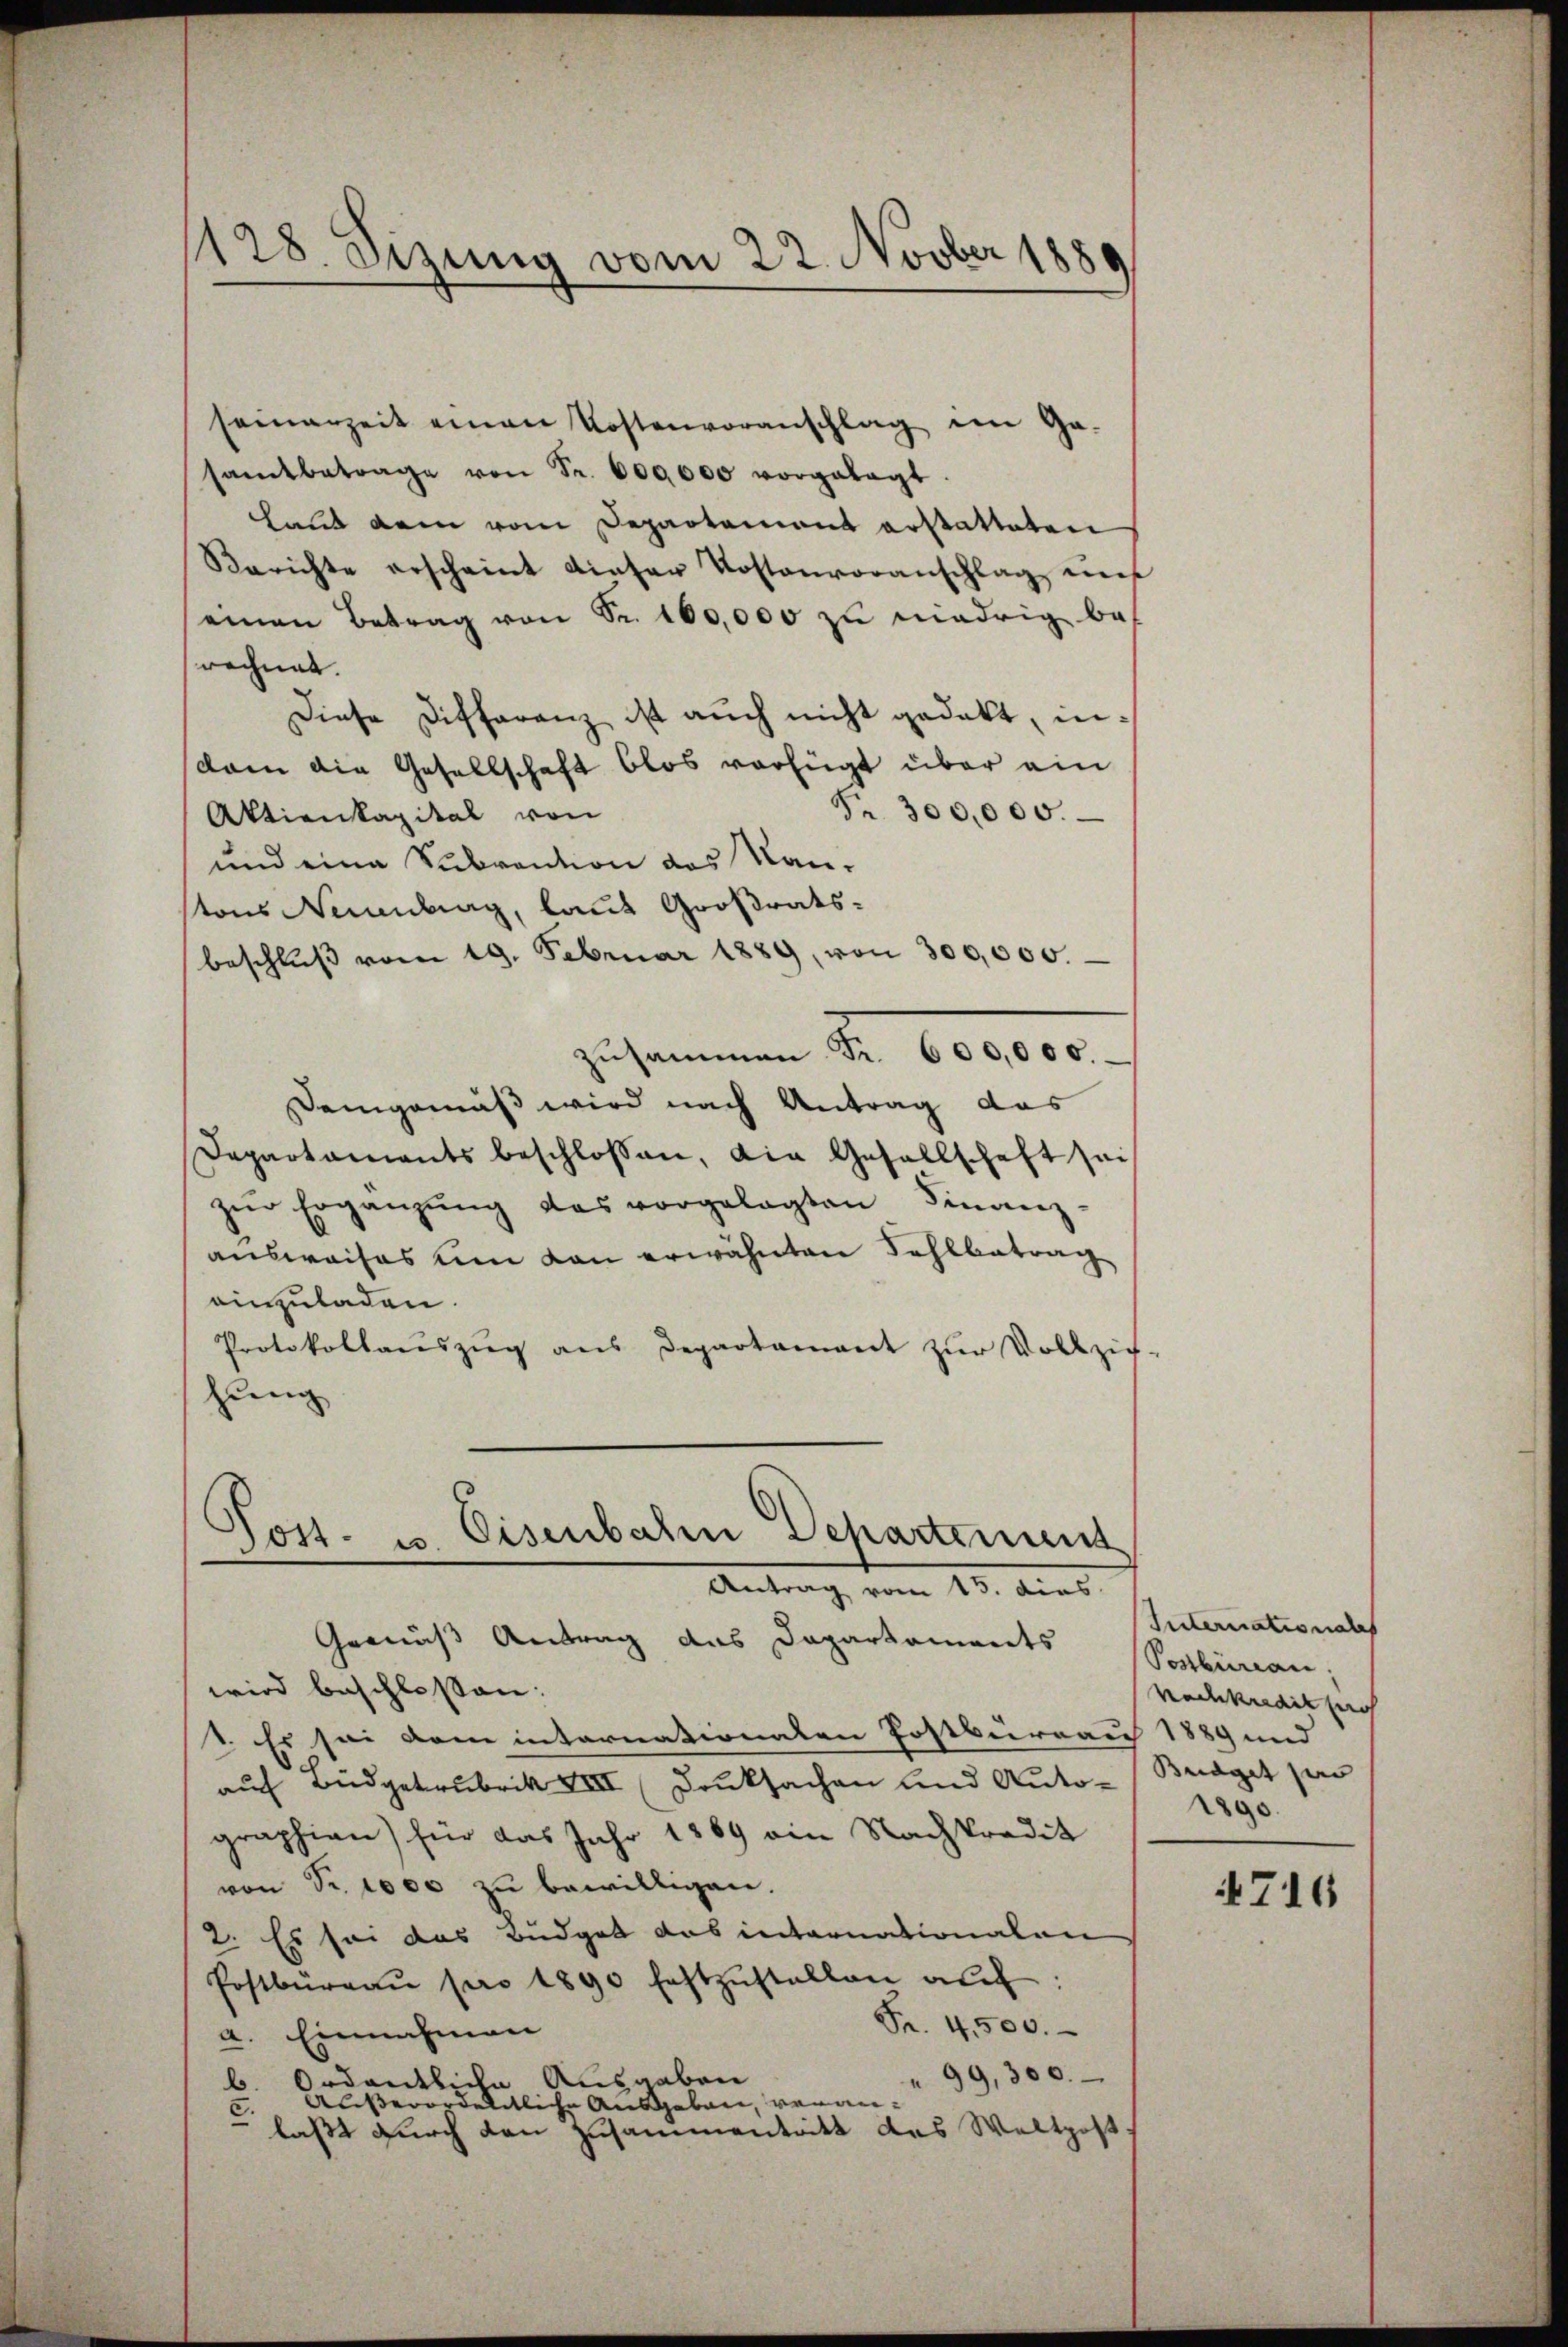
1128. Sizung vom 22. Novber 1889

seinerzeit einen Kostenvoranschlag im Ga-
samtbetrage von Fr. 600000 vorgelegt.
Land ain vom Departament erstatteten
Berichte erscheint dieser Kostenvoranschlag nies
einen Betrag von Sr. 100,000 zu niedrig berechnet.
Diese Differanz ist auch nicht gedekt, indam die Gesellschaft blos verfügt über ein
Nr. 300,000.
Aktienkapital von
und eine Subvention des Nantons Neuenburg, laut Großratsbeschlŭβ vom 19. Februar 1889, von 300,000.
zusammen Fr. 600000.
Demgemäß wird nach Antrag das
Departaments beschlossen, die Gesellschaft sei
zŭr Ergänzŭng das vorgelegten Finanz-
ausweises um von erwähnten Kohlbetrag
ainzuladen.
Protokollaŭszŭg ans Departament zŭr Vollzie
hung

Gemäss Antrag das Dapartaments
wird beschlossen:
1. Es sei dem internationaten Postbureau 1889 und
auf Büdgetrubrik XVII (Druksachen und Auto- Budget par
graphien) für das Jahr 1869 ain Nachpredit
von Fr. 1000 zu bewilligen.
2. Es sei das Büdget das internationalen
Postbüreaŭ pro 1890 festzŭstellen auf:
Fr. 4,500.
a. Einnahmen
99,300.
b. Ordentliche Ausgaben
Außerordentliche Ausgaben, veran¬
"laßt durch den Zusammentritt das Weltpost.

Tott. zu Eisenbahre Departement
Antrag vom 13. dies

Internationales
Postbureau,
Kochkredit such
1890.
4716